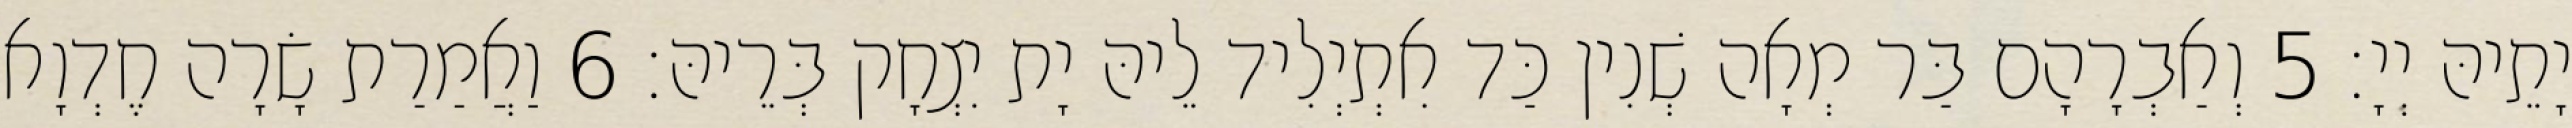
יָתֵיהּ יְיָ׃ 5 וְאַבְרָהָם בַּר מְאָה שְׁנִין כַּד אִתְיְלִיד לֵיהּ יָת יִצְחָק בְּרֵיהּ׃ 6 וַאֲמַרַת שָׂרָה חֶדְוָא